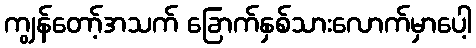
ကျွန်တော့်အသက် ခြောက်နှစ်သားလောက်မှာပေါ့